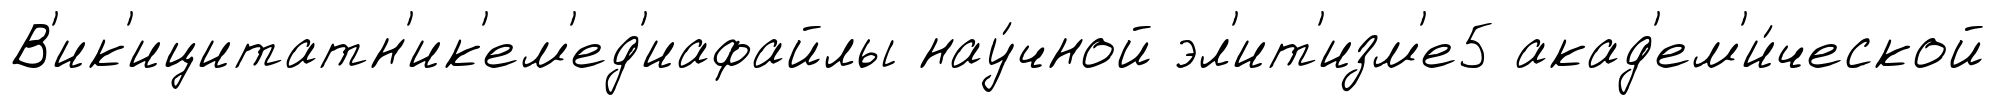
В'ик'ицитатн'ик'ем'ед'иафайлы нау́чной эл'ит'изм'е5 акад'ем'и́ческой